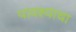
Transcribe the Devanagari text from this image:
पावश्याचा